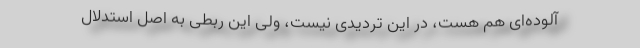
آلوده‌ای هم هست، در این تردیدی نیست، ولی این ربطی به اصل استدلال